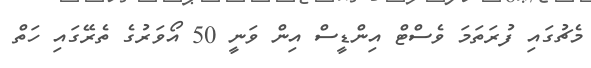
މެޗުގައި ފުރަތަމަ ވެސްޓް އިންޑީސް އިން ވަނީ 50 އޯވަރުގެ ތެރޭގައި ހަތް